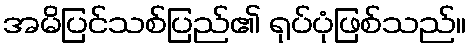
အမိပြင်သစ်ပြည်၏ ရုပ်ပုံဖြစ်သည်။